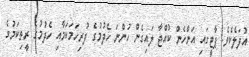
އުފަލެކެވެ. ޕާޓީގައި އަންހެން ކުއްޖާ ލައިގެން ހުންނަ ހެދުމުގެ ފުރިހަމަކަމާއި ހެދުމުގެ ރީތިކަމުގެ